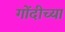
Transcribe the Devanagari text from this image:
गोंदीच्या